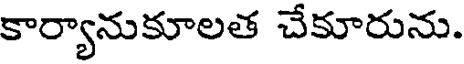
కార్యానుకూలత చేకూరును.